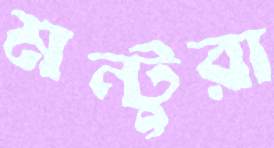
মন্টুরা